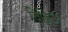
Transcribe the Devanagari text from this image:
विकिज